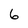
Character: 6